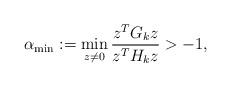
LaTeX: \begin{align*}\alpha_{\min} := \displaystyle\min_{z\ne 0}\frac{z^T G_k z}{z^T H_k z}>-1 ,\end{align*}